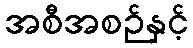
အစီအစဉ်နှင့်